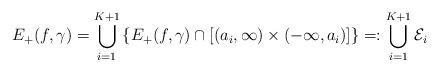
LaTeX: \begin{align*}E_+(f,\gamma)=\bigcup_{i=1}^{K+1}\left\{E_+(f,\gamma)\cap\left[\left(a_i,\infty\right)\times\left(-\infty,a_i\right)\right]\right\}=:\bigcup_{i=1}^{K+1}\mathcal{E}_i\end{align*}